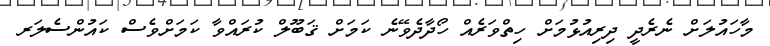
މާހައުލަށް ނެރެދީ ދިރިއުޅުމަށް ހިތްވަރެއް ހޯދާދެވޭނެ ކަމަށް ޤަބޫލް ކުރައްވާ ކަމަށްވެސް ކައުންސެލަރ